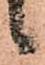
候